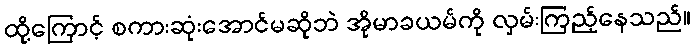
ထို့ကြောင့် စကားဆုံးအောင်မဆိုဘဲ အိုမာခယမ်ကို လှမ်းကြည့်နေသည်။